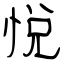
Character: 悅